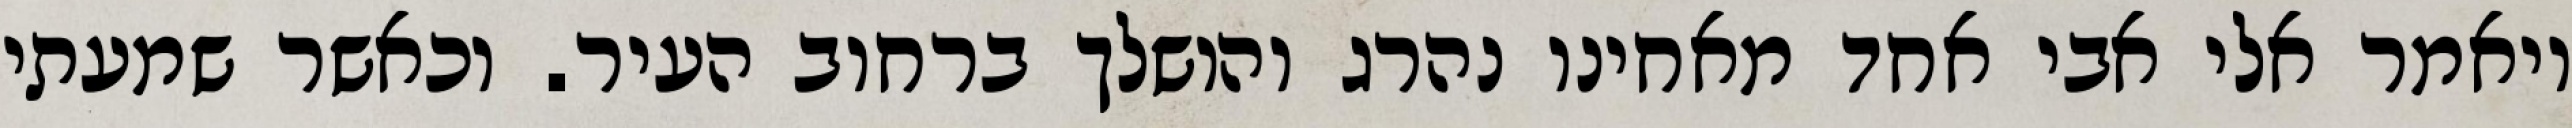
ויאמר אלי אבי אחד מאחינו נהרג והושלך ברחוב העיר. וכאשר שמעתי